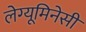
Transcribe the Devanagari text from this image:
लेग्यूमिनेसी